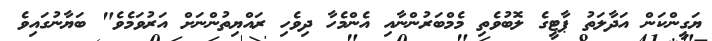
ޔަގީންކަން އަދާލަތު ޕާޓީގެ ލޮބުވެތި މެމްބަރުންނާއި އެންމެހާ ދިވެހި ރައްޔިތުންނަށް އަރުވަމެވެ" ބަޔާނުގައިވެ